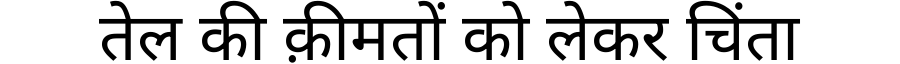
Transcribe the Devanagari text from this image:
तेल की क़ीमतों को लेकर चिंता